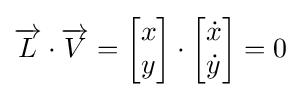
{\overrightarrow {L}}\cdot {\overrightarrow {V}}={\begin{bmatrix}x\\y\end{bmatrix}}\cdot {\begin{bmatrix}{\dot {x}}\\{\dot {y}}\end{bmatrix}}=0